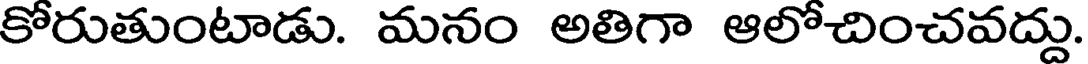
కోరుతుంటాడు. మనం అతిగా ఆలోచించవద్దు